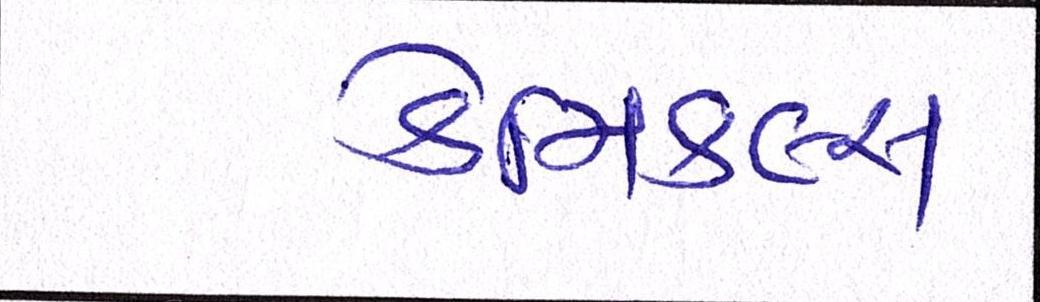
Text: કેમિકલ્સ